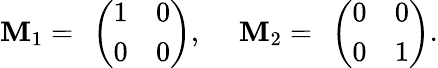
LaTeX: \begin{array}{rl}{\mathbf{M}_{1}=~\left(\begin{array}{ll}{1}&{0}\\ {0}&{0}\end{array}\right),~}&{{}\mathbf{M}_{2}=~\left(\begin{array}{ll}{0}&{0}\\ {0}&{1}\end{array}\right).}\end{array}